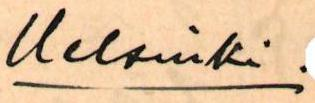
Helsinki.